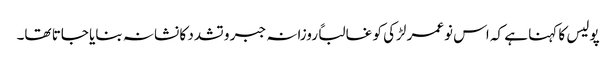
پولیس کا کہنا ہے کہ اس نوعمر لڑکی کو غالباً روزانہ جبر و تشدد کا نشانہ بنایا جاتا تھا۔